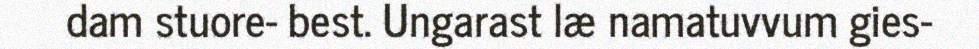
dam stuore- best. Ungarast læ namatuvvum gies-